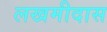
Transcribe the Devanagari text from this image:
लखमीदास